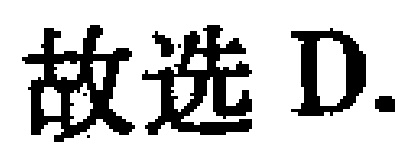
故选 D.